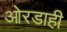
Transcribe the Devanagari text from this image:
ओरडाही